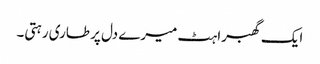
ایک گھبراہٹ میرے دل پر طاری رہتی۔